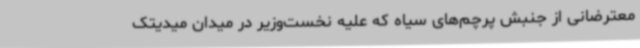
معترضانی از جنبش پرچم‌های سیاه که علیه نخست‌وزیر در میدان میدیتک